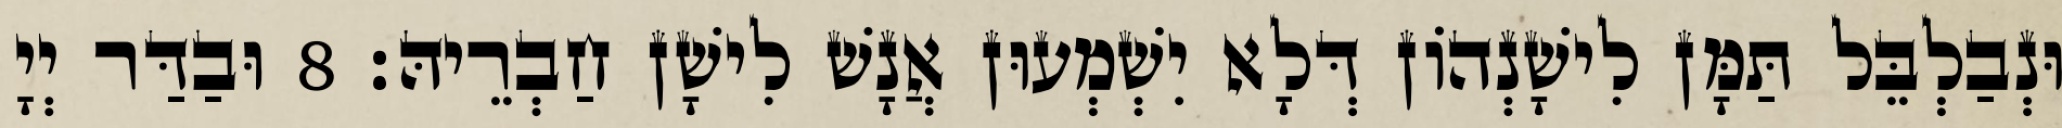
וּנְבַלְבֵּל תַּמָּן לִישָׁנְהוֹן דְּלָא יִשְׁמְעוּן אֲנָשׁ לִישָׁן חַבְרֵיהּ׃ 8 וּבַדַּר יְיָ